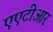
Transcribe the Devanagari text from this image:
एएटीआर